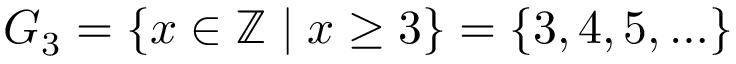
G _ { 3 } = \{ x \in \mathbb { Z } \mid x \geq 3 \} = \{ 3 , 4 , 5 , \ldots \}